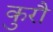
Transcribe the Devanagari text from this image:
कुरौ